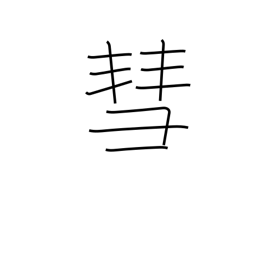
Meaning: comet